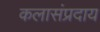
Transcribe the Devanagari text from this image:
कलासंप्रदाय